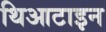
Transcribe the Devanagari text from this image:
थिआटाइन